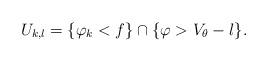
LaTeX: \begin{align*} U_{k,l} = \{\varphi_k < f\} \cap \{\varphi > V_{\theta}-l\}. \end{align*}